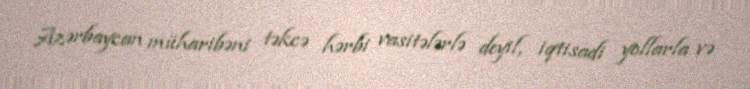
Azərbaycan müharibəni təkcə hərbi vasitələrlə deyil, iqtisadi yollarla və